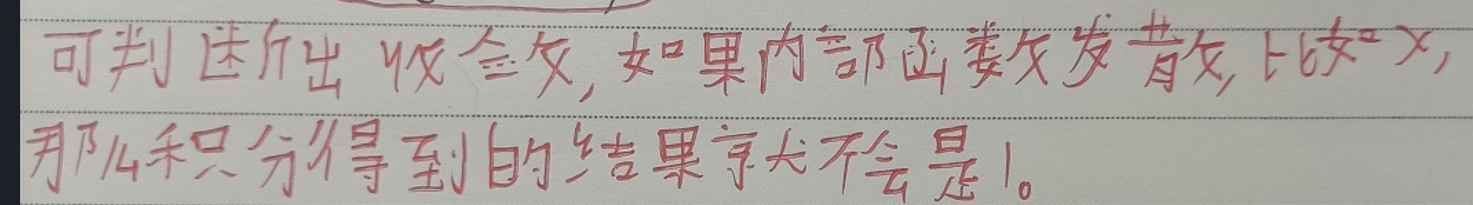
可判断出收敛，如果内部函数发散，比如 \(x\)，那么积分得到的结果就不会是 \(1\)。